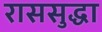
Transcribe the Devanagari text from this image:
राससुद्धा